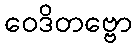
ဝေဒိတဗ္ဗော